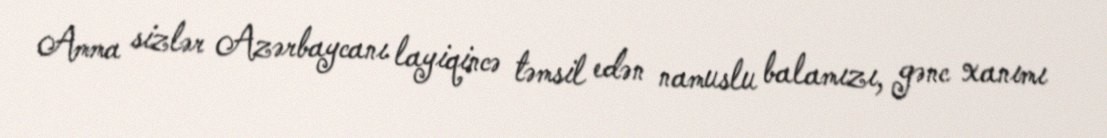
Amma sizlər Azərbaycanı layiqincə təmsil edən namuslu balamızı, gənc xanımı